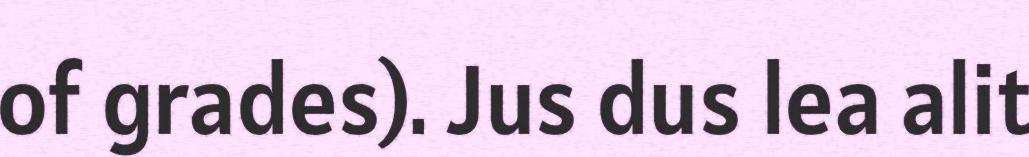
of grades). Jus dus lea alit